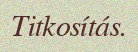
Titkosítás.